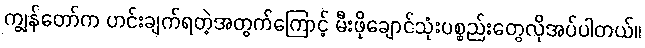
ကျွန်တော်က ဟင်းချက်ရတဲ့အတွက်ကြောင့် မီးဖိုချောင်သုံးပစ္စည်းတွေလိုအပ်ပါတယ်။